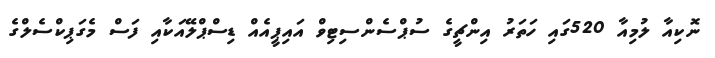
ނޮކިއާ ލުމިއާ 520ގައި ހަތަރު އިންޗީގެ ސުޕްސެންސިޓިވް އައިޕީއެއް ޑިސްޕްލޭއަކާއި ފަސް މެގަޕިކްސެލްގެ